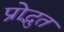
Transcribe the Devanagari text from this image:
प्रोद्भुत